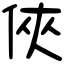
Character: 俠